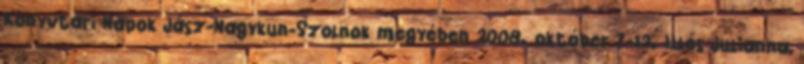
Könyvtári Napok Jász-Nagykun-Szolnok megyében 2008. október 7-12. Illés Julianna,